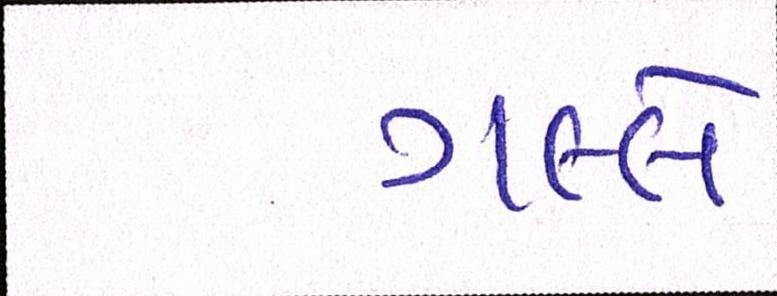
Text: ગલ્લે